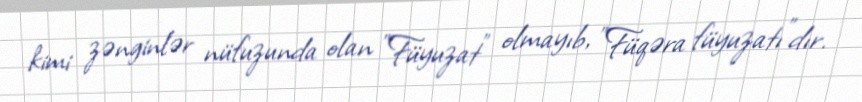
kimi zənginlər nüfuzunda olan "Füyuzat" olmayıb, "Füqəra füyuzatı"dır.